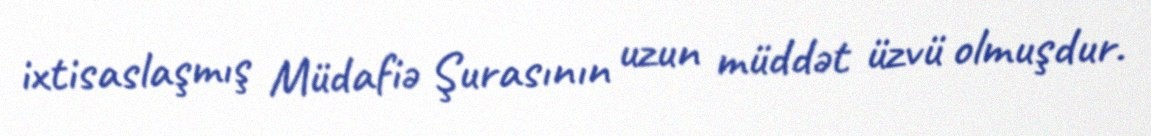
ixtisaslaşmış Müdafiə Şurasının uzun müddət üzvü olmuşdur.